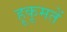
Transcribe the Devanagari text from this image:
हूकूमतें